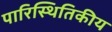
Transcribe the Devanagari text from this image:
पारिस्‍थितिकीय